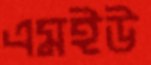
এমইউ